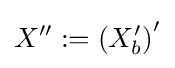
X'':=\left(X'_{b}\right)'